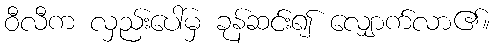
ဝီလီက လှည်းပေါ်မှ ခုန်ဆင်း၍ လျှောက်လာ၏။